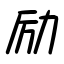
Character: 励